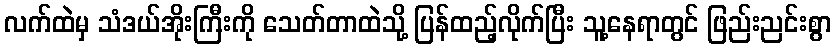
လက်ထဲမှ သံဒယ်အိုးကြီးကို သေတ်တာထဲသို့ ပြန်ထည့်လိုက်ပြီး သူ့နေရာတွင် ဖြည်းညင်းစွာ